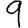
Digit: 9